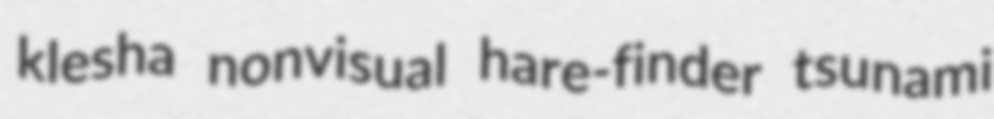
klesha nonvisual hare-finder tsunami